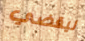
ليقضي